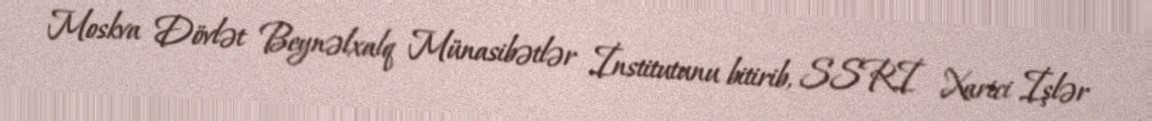
Moskva Dövlət Beynəlxalq Münasibətlər İnstitutunu bitirib, SSRİ Xarici İşlər